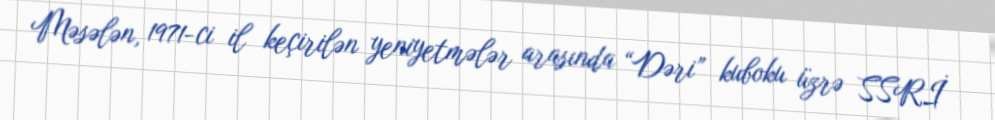
Məsələn, 1971-ci il keçirilən yeniyetmələr arasında “Dəri” kuboku üzrə SSRİ